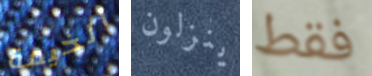
الخيمة ينزلون فقط